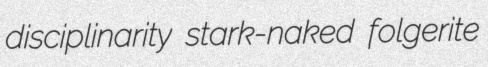
disciplinarity stark-naked folgerite